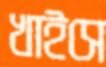
খাইসে